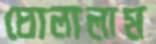
ঘোলালাম